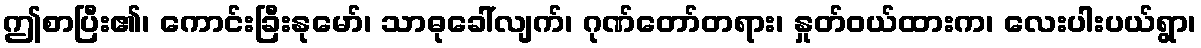
ဤစာပြီး၏၊ ကောင်းခြီးနုမော်၊ သာဓုခေါ်လျက်၊ ဂုဏ်တော်တရား၊ နှုတ်ဝယ်ထားက၊ လေးပါးပယ်ရွာ၊